Lunatic asylums Madras 1892-1911 - 1892-1911
Year: 1892
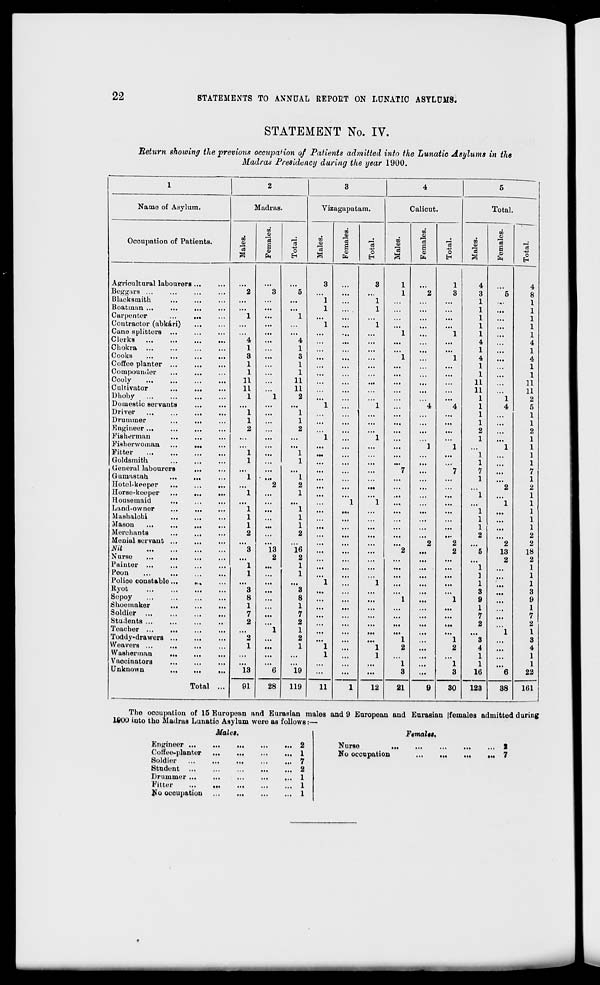
22
STATEMENTS TO ANNUAL REPOET ON LUNATIC ASYLUMS.
STATEMENT No. IV.
Return showing the previous occupaHon of Patients admitted into the Lunatic Asylums in the
Madras Presidency during the year 1900.
I-H
2
3
4
5
Name of Asylum.
Madras.
Vizagapatam.
Calicut.
Total.
DO
oo
m
CO
o
5
9
a>
Occupation of Patients.
o3
e
11
S
fa
13
o
H
DO
'3
a
a
(O
fa
j3
o
oo
a>
"3
li
s
fa
13
0
EH
to
o
Is
a
®
fa
0
Agricultural labourers ...
3
3
1
1
4
4
Beggars ...
2
3
*5
...
...
...
1
2
3
3
"5
8
Blacksmith
...
...
...
1
...
1
...
...
...
1
...
1
Boatman ...
...
...
1
1
...
...
1
...
1
Carpenter
...
...
1
...
1
...
...
...
...
...
1
...
1
Contractor (abkari)
...
...
...
...
1
...
1
...
...
...
1
...
1
Cane splitters ...
...
...
1
...
1
1
1
Clerks
...
...
...
...
4
...
4
...
...
...
...
4
...
4
Chokra
1
1
...
...
1
1
Cooks
3
...
3
1
1
4
...
4
Coffee planter ...
1
...
1
...
...
...
...
...
...
1
...
1
Compouniler
1
...
1
...
...
...
...
...
1
...
1
Cooly
11
...
11
...
...
...
...
...
11
...
11
Cultivator
...
...
11
11
...
...
...
11
11
Uhoby
...
...
1
1
2
...
...
...
...
...
1
1
2
Domestic servants
...
...
....
1
1
4
4
1
4
5
Driver
...
...
...
1
...
1
...
...
...
1
1
Drummer
...
...
1
1
...
...
...
...
1
...
1
Engineer ...
2
2
...
...
...
2
...
2
Fisherman
...
...
...
1
1
...
...
1
...
1
Fisherwomaa ...
...
...
...
...
1
1
1
1
Fitter
...
1
1
...
...
1
1
Goldsmith
1
1
...
...
1
1
General labourers
...
7
...
7
7
7
Gumastah
...
...
1 • ...
1
...
...
...
1
...
1
Hotel-keeper
...
...
...
...
2
2
...
...
...
...
...
...
2
2
Horse-koeper
...
...
...
1
...
1
...
...
...
1
1
Housemaid
...
...
1
1
...
...
...
1
1
Land-owner
...
...
1
...
1
...
...
...
1
...
1
Mashalcbi
1
1
1
...
1
Mason
...
...
...
1
...
1
...
...
...
1
1
Merchants
...
2
2
...
...
2
2
Monial servant ...
2
2
2
2
Nil
3
13
16
...
2
...
2
5
13
18
Nurse
...
2
2
...
...
...
2
2
Painter
1
...
1
...
...
...
...
1
1
Peon
...
1
1
...
...
...
1
1
Police constable...
.,,
...
...
1
1
...
1
1
Ryot
3
...
3
...
...
3
...
3
Sepoy
...
...
8
8
...
...
1
...
1
9
...
9
Shoemaker
1
1
...
1
1
Soldier ...
7
7
...
...
7
7
Students ...
...
...
..
2
2
...
...
...
2
2
Teacher
1
1
...
...
...
"l
I
Toddy-drawers
2
2
...
1
1
3
...
3
Weavers ...
...
1
...
1
1
1
2
...
2
4
...
4
Washerman
...
1
1
...
1
1
Vaocinators
...
...
1
1
1
1
Unknown
Total ...
13
6
19
...
...
...
3
...
3
16
6
22
161
91
28
119
11
1
12
21
9
30
123
38
Tho occupation of 15 European and Eurasian males and 9 European and Eurasian |feinales admitted during
1900 into tho Madras Lunatic Asylum were as follows:—
Males.
Engineer ...
Cott'ee-plantor
Soldier
...
Student
Drummer ...
Fitter
No occupation
2
1
7
2
1
1
1
FemaUs.
Nurse
,
No occupation
... 2
... 7